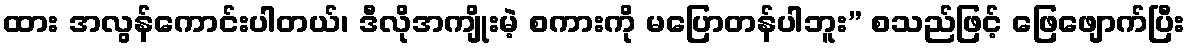
ထား အလွန်ကောင်းပါတယ်၊ ဒီလိုအကျိုးမဲ့ စကားကို မပြောတန်ပါဘူး” စသည်ဖြင့် ဖြေဖျောက်ပြီး